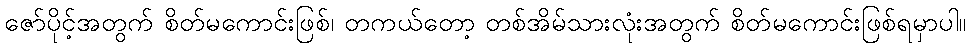
ဇော်ပိုင့်အတွက် စိတ်မကောင်းဖြစ်၊ တကယ်တော့ တစ်အိမ်သားလုံးအတွက် စိတ်မကောင်းဖြစ်ရမှာပါ။